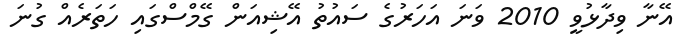
އޭނާ ވިދާޅުވީ 2010 ވަނަ އަހަރުގެ ސައުތު އޭޝިއަން ގޭމްސްގައި ހަތަރެއް ގުނަ